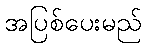
အပြစ်ပေးမည်